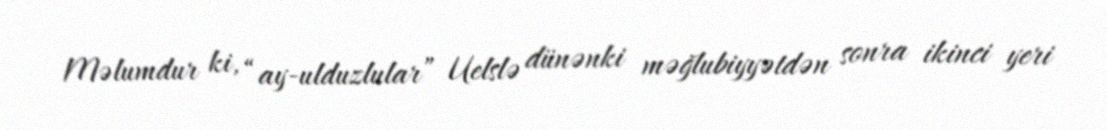
Məlumdur ki, “ay-ulduzlular” Uelslə dünənki məğlubiyyətdən sonra ikinci yeri